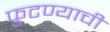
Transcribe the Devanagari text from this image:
फुटण्याची